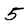
Character: 5